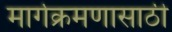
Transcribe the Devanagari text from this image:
मार्गक्रमणासाठी